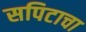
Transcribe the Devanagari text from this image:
सपिटाचा